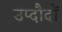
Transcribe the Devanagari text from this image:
उप्दौदों